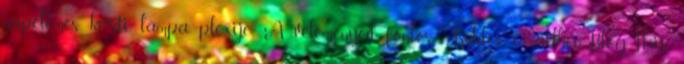
napelemes kerti lámpa plexije: A véleményed fontos: Küldés e-mailbenBlogThis